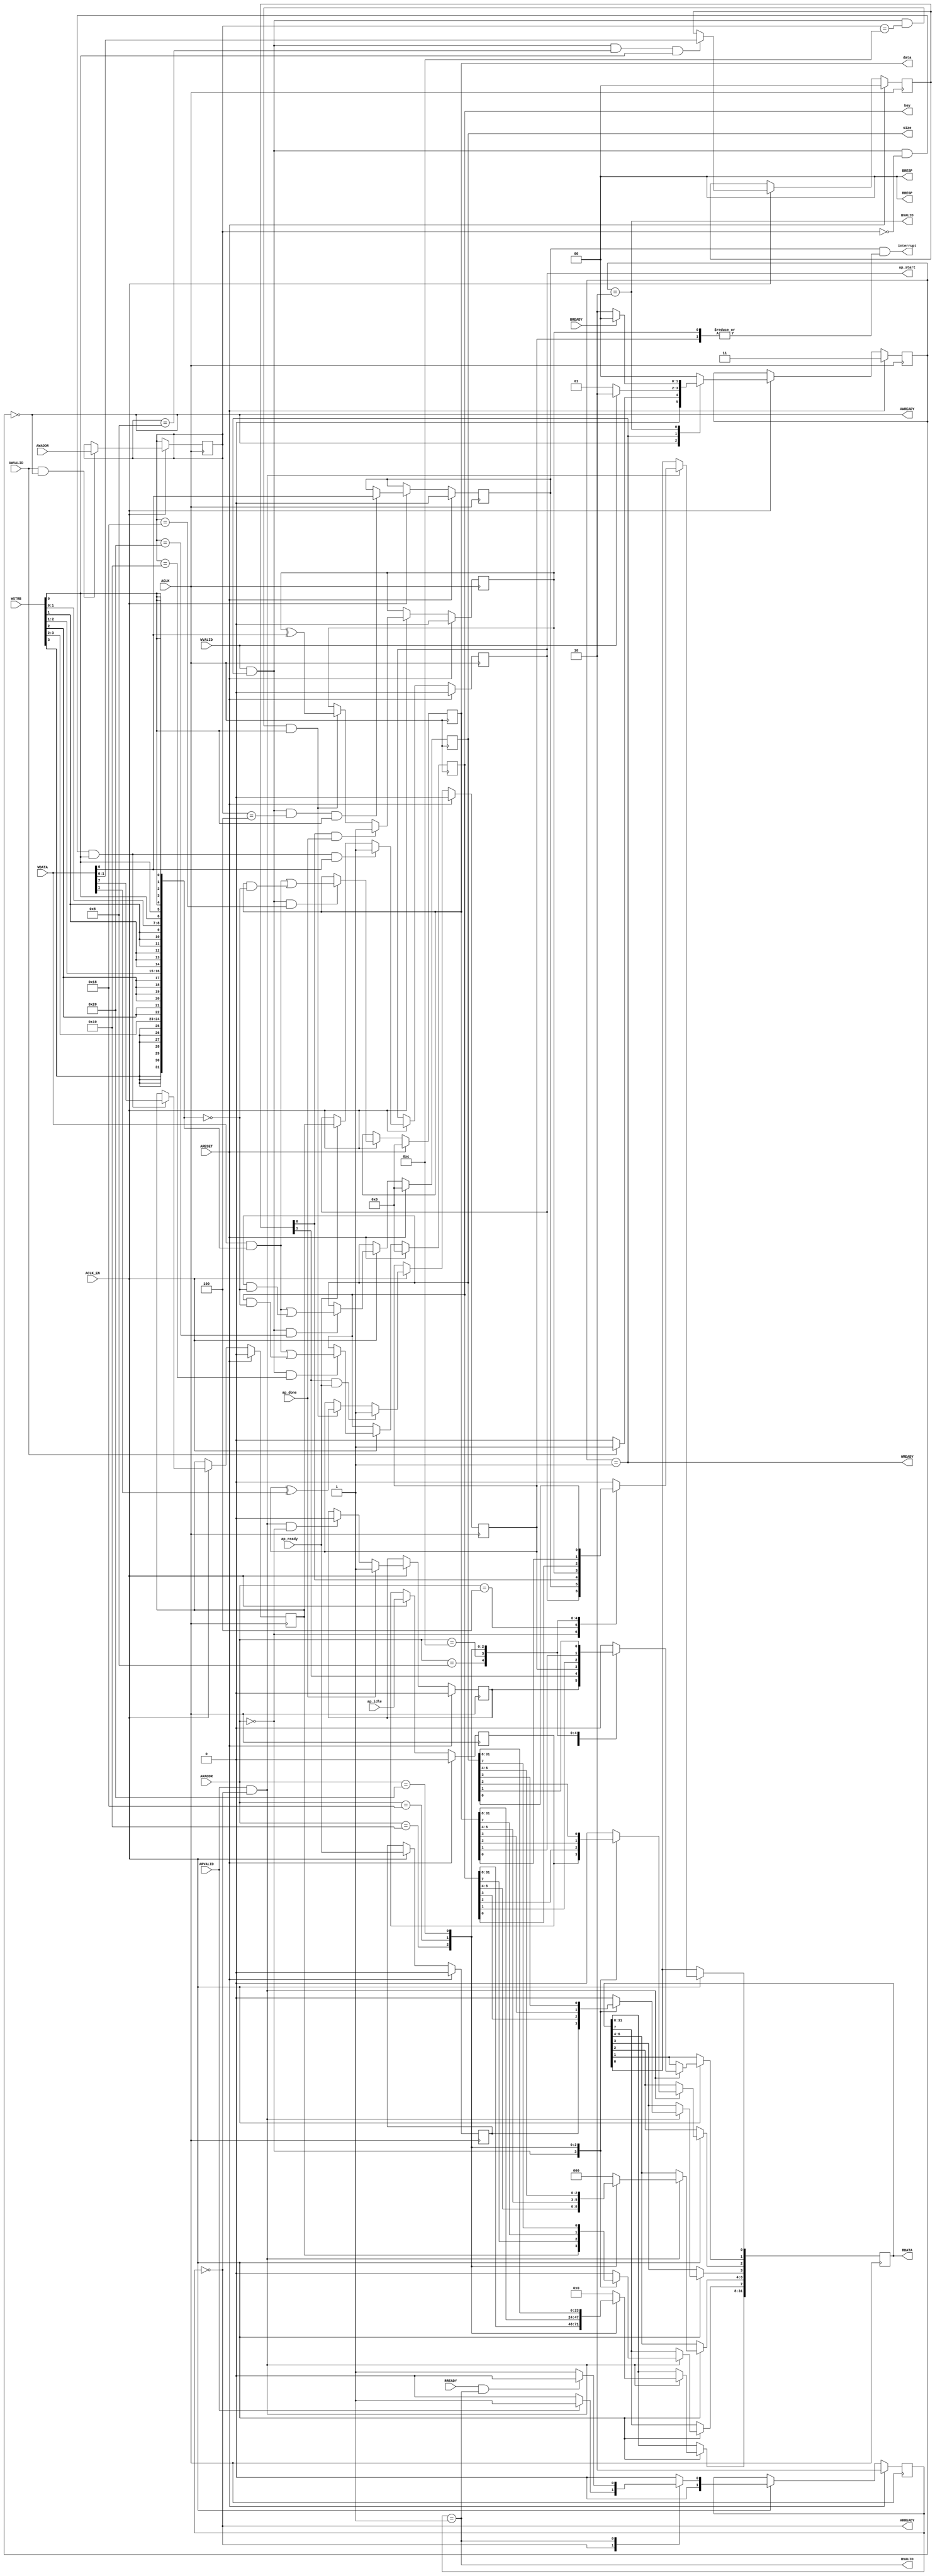
// ==============================================================
// File generated by Vivado(TM) HLS - High-Level Synthesis from C, C++ and SystemC
// Version: 2017.4
// Copyright (C) 1986-2017 Xilinx, Inc. All Rights Reserved.
// 
// ==============================================================

`timescale 1ns/1ps
module workload_control_s_axi
#(parameter
    C_S_AXI_ADDR_WIDTH = 6,
    C_S_AXI_DATA_WIDTH = 32
)(
    // axi4 lite slave signals
    input  wire                          ACLK,
    input  wire                          ARESET,
    input  wire                          ACLK_EN,
    input  wire [C_S_AXI_ADDR_WIDTH-1:0] AWADDR,
    input  wire                          AWVALID,
    output wire                          AWREADY,
    input  wire [C_S_AXI_DATA_WIDTH-1:0] WDATA,
    input  wire [C_S_AXI_DATA_WIDTH/8-1:0] WSTRB,
    input  wire                          WVALID,
    output wire                          WREADY,
    output wire [1:0]                    BRESP,
    output wire                          BVALID,
    input  wire                          BREADY,
    input  wire [C_S_AXI_ADDR_WIDTH-1:0] ARADDR,
    input  wire                          ARVALID,
    output wire                          ARREADY,
    output wire [C_S_AXI_DATA_WIDTH-1:0] RDATA,
    output wire [1:0]                    RRESP,
    output wire                          RVALID,
    input  wire                          RREADY,
    output wire                          interrupt,
    // user signals
    output wire                          ap_start,
    input  wire                          ap_done,
    input  wire                          ap_ready,
    input  wire                          ap_idle,
    output wire [31:0]                   key,
    output wire [31:0]                   data,
    output wire [31:0]                   size
);
//------------------------Address Info-------------------
// 0x00 : Control signals
//        bit 0  - ap_start (Read/Write/COH)
//        bit 1  - ap_done (Read/COR)
//        bit 2  - ap_idle (Read)
//        bit 3  - ap_ready (Read)
//        bit 7  - auto_restart (Read/Write)
//        others - reserved
// 0x04 : Global Interrupt Enable Register
//        bit 0  - Global Interrupt Enable (Read/Write)
//        others - reserved
// 0x08 : IP Interrupt Enable Register (Read/Write)
//        bit 0  - Channel 0 (ap_done)
//        bit 1  - Channel 1 (ap_ready)
//        others - reserved
// 0x0c : IP Interrupt Status Register (Read/TOW)
//        bit 0  - Channel 0 (ap_done)
//        bit 1  - Channel 1 (ap_ready)
//        others - reserved
// 0x10 : Data signal of key
//        bit 31~0 - key[31:0] (Read/Write)
// 0x14 : reserved
// 0x18 : Data signal of data
//        bit 31~0 - data[31:0] (Read/Write)
// 0x1c : reserved
// 0x20 : Data signal of size
//        bit 31~0 - size[31:0] (Read/Write)
// 0x24 : reserved
// (SC = Self Clear, COR = Clear on Read, TOW = Toggle on Write, COH = Clear on Handshake)

//------------------------Parameter----------------------
localparam
    ADDR_AP_CTRL     = 6'h00,
    ADDR_GIE         = 6'h04,
    ADDR_IER         = 6'h08,
    ADDR_ISR         = 6'h0c,
    ADDR_KEY_DATA_0  = 6'h10,
    ADDR_KEY_CTRL    = 6'h14,
    ADDR_DATA_DATA_0 = 6'h18,
    ADDR_DATA_CTRL   = 6'h1c,
    ADDR_SIZE_DATA_0 = 6'h20,
    ADDR_SIZE_CTRL   = 6'h24,
    WRIDLE           = 2'd0,
    WRDATA           = 2'd1,
    WRRESP           = 2'd2,
    WRRESET          = 2'd3,
    RDIDLE           = 2'd0,
    RDDATA           = 2'd1,
    RDRESET          = 2'd2,
    ADDR_BITS         = 6;

//------------------------Local signal-------------------
    reg  [1:0]                    wstate = WRRESET;
    reg  [1:0]                    wnext;
    reg  [ADDR_BITS-1:0]          waddr;
    wire [31:0]                   wmask;
    wire                          aw_hs;
    wire                          w_hs;
    reg  [1:0]                    rstate = RDRESET;
    reg  [1:0]                    rnext;
    reg  [31:0]                   rdata;
    wire                          ar_hs;
    wire [ADDR_BITS-1:0]          raddr;
    // internal registers
    reg                           int_ap_idle;
    reg                           int_ap_ready;
    reg                           int_ap_done = 1'b0;
    reg                           int_ap_start = 1'b0;
    reg                           int_auto_restart = 1'b0;
    reg                           int_gie = 1'b0;
    reg  [1:0]                    int_ier = 2'b0;
    reg  [1:0]                    int_isr = 2'b0;
    reg  [31:0]                   int_key = 'b0;
    reg  [31:0]                   int_data = 'b0;
    reg  [31:0]                   int_size = 'b0;

//------------------------Instantiation------------------

//------------------------AXI write fsm------------------
assign AWREADY = (wstate == WRIDLE);
assign WREADY  = (wstate == WRDATA);
assign BRESP   = 2'b00;  // OKAY
assign BVALID  = (wstate == WRRESP);
assign wmask   = { {8{WSTRB[3]}}, {8{WSTRB[2]}}, {8{WSTRB[1]}}, {8{WSTRB[0]}} };
assign aw_hs   = AWVALID & AWREADY;
assign w_hs    = WVALID & WREADY;

// wstate
always @(posedge ACLK) begin
    if (ARESET)
        wstate <= WRRESET;
    else if (ACLK_EN)
        wstate <= wnext;
end

// wnext
always @(*) begin
    case (wstate)
        WRIDLE:
            if (AWVALID)
                wnext = WRDATA;
            else
                wnext = WRIDLE;
        WRDATA:
            if (WVALID)
                wnext = WRRESP;
            else
                wnext = WRDATA;
        WRRESP:
            if (BREADY)
                wnext = WRIDLE;
            else
                wnext = WRRESP;
        default:
            wnext = WRIDLE;
    endcase
end

// waddr
always @(posedge ACLK) begin
    if (ACLK_EN) begin
        if (aw_hs)
            waddr <= AWADDR[ADDR_BITS-1:0];
    end
end

//------------------------AXI read fsm-------------------
assign ARREADY = (rstate == RDIDLE);
assign RDATA   = rdata;
assign RRESP   = 2'b00;  // OKAY
assign RVALID  = (rstate == RDDATA);
assign ar_hs   = ARVALID & ARREADY;
assign raddr   = ARADDR[ADDR_BITS-1:0];

// rstate
always @(posedge ACLK) begin
    if (ARESET)
        rstate <= RDRESET;
    else if (ACLK_EN)
        rstate <= rnext;
end

// rnext
always @(*) begin
    case (rstate)
        RDIDLE:
            if (ARVALID)
                rnext = RDDATA;
            else
                rnext = RDIDLE;
        RDDATA:
            if (RREADY & RVALID)
                rnext = RDIDLE;
            else
                rnext = RDDATA;
        default:
            rnext = RDIDLE;
    endcase
end

// rdata
always @(posedge ACLK) begin
    if (ACLK_EN) begin
        if (ar_hs) begin
            rdata <= 1'b0;
            case (raddr)
                ADDR_AP_CTRL: begin
                    rdata[0] <= int_ap_start;
                    rdata[1] <= int_ap_done;
                    rdata[2] <= int_ap_idle;
                    rdata[3] <= int_ap_ready;
                    rdata[7] <= int_auto_restart;
                end
                ADDR_GIE: begin
                    rdata <= int_gie;
                end
                ADDR_IER: begin
                    rdata <= int_ier;
                end
                ADDR_ISR: begin
                    rdata <= int_isr;
                end
                ADDR_KEY_DATA_0: begin
                    rdata <= int_key[31:0];
                end
                ADDR_DATA_DATA_0: begin
                    rdata <= int_data[31:0];
                end
                ADDR_SIZE_DATA_0: begin
                    rdata <= int_size[31:0];
                end
            endcase
        end
    end
end


//------------------------Register logic-----------------
assign interrupt = int_gie & (|int_isr);
assign ap_start  = int_ap_start;
assign key       = int_key;
assign data      = int_data;
assign size      = int_size;
// int_ap_start
always @(posedge ACLK) begin
    if (ARESET)
        int_ap_start <= 1'b0;
    else if (ACLK_EN) begin
        if (w_hs && waddr == ADDR_AP_CTRL && WSTRB[0] && WDATA[0])
            int_ap_start <= 1'b1;
        else if (ap_ready)
            int_ap_start <= int_auto_restart; // clear on handshake/auto restart
    end
end

// int_ap_done
always @(posedge ACLK) begin
    if (ARESET)
        int_ap_done <= 1'b0;
    else if (ACLK_EN) begin
        if (ap_done)
            int_ap_done <= 1'b1;
        else if (ar_hs && raddr == ADDR_AP_CTRL)
            int_ap_done <= 1'b0; // clear on read
    end
end

// int_ap_idle
always @(posedge ACLK) begin
    if (ARESET)
        int_ap_idle <= 1'b0;
    else if (ACLK_EN) begin
            int_ap_idle <= ap_idle;
    end
end

// int_ap_ready
always @(posedge ACLK) begin
    if (ARESET)
        int_ap_ready <= 1'b0;
    else if (ACLK_EN) begin
            int_ap_ready <= ap_ready;
    end
end

// int_auto_restart
always @(posedge ACLK) begin
    if (ARESET)
        int_auto_restart <= 1'b0;
    else if (ACLK_EN) begin
        if (w_hs && waddr == ADDR_AP_CTRL && WSTRB[0])
            int_auto_restart <=  WDATA[7];
    end
end

// int_gie
always @(posedge ACLK) begin
    if (ARESET)
        int_gie <= 1'b0;
    else if (ACLK_EN) begin
        if (w_hs && waddr == ADDR_GIE && WSTRB[0])
            int_gie <= WDATA[0];
    end
end

// int_ier
always @(posedge ACLK) begin
    if (ARESET)
        int_ier <= 1'b0;
    else if (ACLK_EN) begin
        if (w_hs && waddr == ADDR_IER && WSTRB[0])
            int_ier <= WDATA[1:0];
    end
end

// int_isr[0]
always @(posedge ACLK) begin
    if (ARESET)
        int_isr[0] <= 1'b0;
    else if (ACLK_EN) begin
        if (int_ier[0] & ap_done)
            int_isr[0] <= 1'b1;
        else if (w_hs && waddr == ADDR_ISR && WSTRB[0])
            int_isr[0] <= int_isr[0] ^ WDATA[0]; // toggle on write
    end
end

// int_isr[1]
always @(posedge ACLK) begin
    if (ARESET)
        int_isr[1] <= 1'b0;
    else if (ACLK_EN) begin
        if (int_ier[1] & ap_ready)
            int_isr[1] <= 1'b1;
        else if (w_hs && waddr == ADDR_ISR && WSTRB[0])
            int_isr[1] <= int_isr[1] ^ WDATA[1]; // toggle on write
    end
end

// int_key[31:0]
always @(posedge ACLK) begin
    if (ARESET)
        int_key[31:0] <= 0;
    else if (ACLK_EN) begin
        if (w_hs && waddr == ADDR_KEY_DATA_0)
            int_key[31:0] <= (WDATA[31:0] & wmask) | (int_key[31:0] & ~wmask);
    end
end

// int_data[31:0]
always @(posedge ACLK) begin
    if (ARESET)
        int_data[31:0] <= 0;
    else if (ACLK_EN) begin
        if (w_hs && waddr == ADDR_DATA_DATA_0)
            int_data[31:0] <= (WDATA[31:0] & wmask) | (int_data[31:0] & ~wmask);
    end
end

// int_size[31:0]
always @(posedge ACLK) begin
    if (ARESET)
        int_size[31:0] <= 0;
    else if (ACLK_EN) begin
        if (w_hs && waddr == ADDR_SIZE_DATA_0)
            int_size[31:0] <= (WDATA[31:0] & wmask) | (int_size[31:0] & ~wmask);
    end
end


//------------------------Memory logic-------------------

endmodule